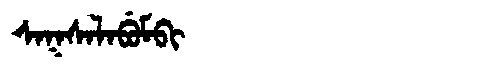
Manchu: ᠰᠠᡴᠰᠠᠯᠠᠪᡠᠮᠪᡳ
Romanization: SAKSALABUMBI